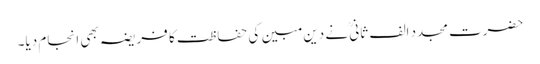
حضرت مجدد الف ثانیؒ نے دین مبین کی حفاظت کا فریضہ بھی انجام دیا۔